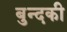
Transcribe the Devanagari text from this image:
बुन्दकी